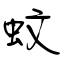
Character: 蚊